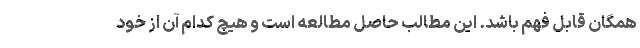
همگان قابل فهم باشد. این مطالب حاصل مطالعه است و هیچ کدام آن از خود